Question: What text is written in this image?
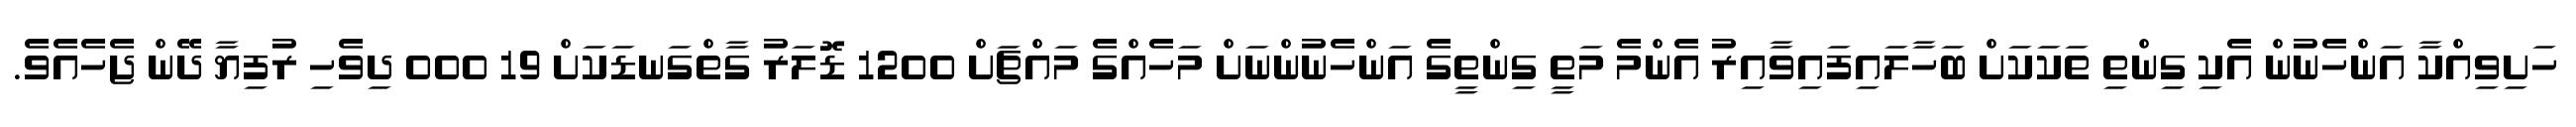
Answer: ހަށިވިއްކާ އަންހެނުން އެކި ގިންތި ތަކަކަށް ބަހާލައިފައިވާއިރު އެންމެ މަތީ ގިންތީގެ އަންހެނުންނަށް މަހެއްގެ މައްޗަށް 1200 ޑޮލަރު ގާތްގަނޑަކަށް 19 000 ދިވެހި ރުފިޔާ ދޭން ޖެހެއެވެ.